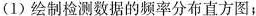
(1)绘制检测数据的频率分布直方图；